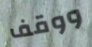
ووقف